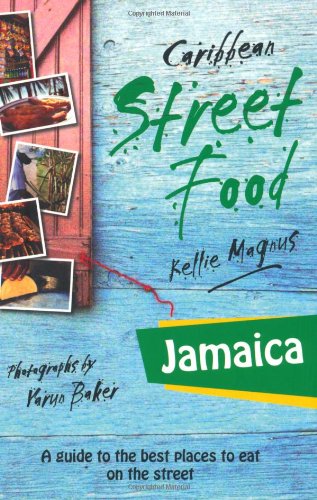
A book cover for Jamaica: Caribbean Street Food; Kellie Manus; Travel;